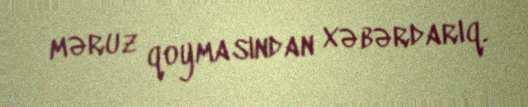
məruz qoymasından xəbərdarıq.